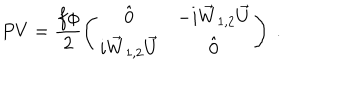
LaTeX: P V = \frac { f \phi } { 2 } \left( \begin{array} { c c } { { \hat { 0 } } } & { { - i \vec { W } _ { 1 , 2 } \vec { U } } } \\ { { i \vec { W } _ { 1 , 2 } \vec { U } } } & { { \hat { 0 } } } \\ \end{array} \right) ~ .